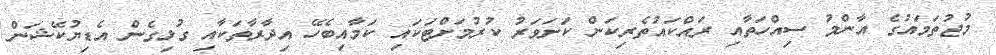
މުޖުތަމައުގެ އާންމު ސިއްހަތާއި ރައްކައުތެރިކަން ކަށަވަރު ކުރުމަށްޓަކައި ކަމާއިބެހޭ އިދާރާތަކާއި ގުޅިގެން އެޑިޔުކޭޝަން